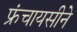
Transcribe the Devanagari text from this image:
फ्रंचायसीने